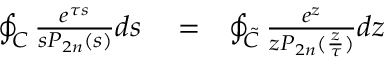
\begin{array} { r l r } { \oint _ { \cal C } \frac { e ^ { \tau s } } { s P _ { 2 n } ( s ) } d s } & { { } = } & { \oint _ { \cal \tilde { C } } \frac { e ^ { z } } { z P _ { 2 n } ( \frac { z } { \tau } ) } d z } \end{array}